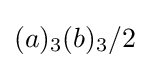
(a)_{3}(b)_{3}/2